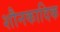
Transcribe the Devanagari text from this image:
शौनकादिक